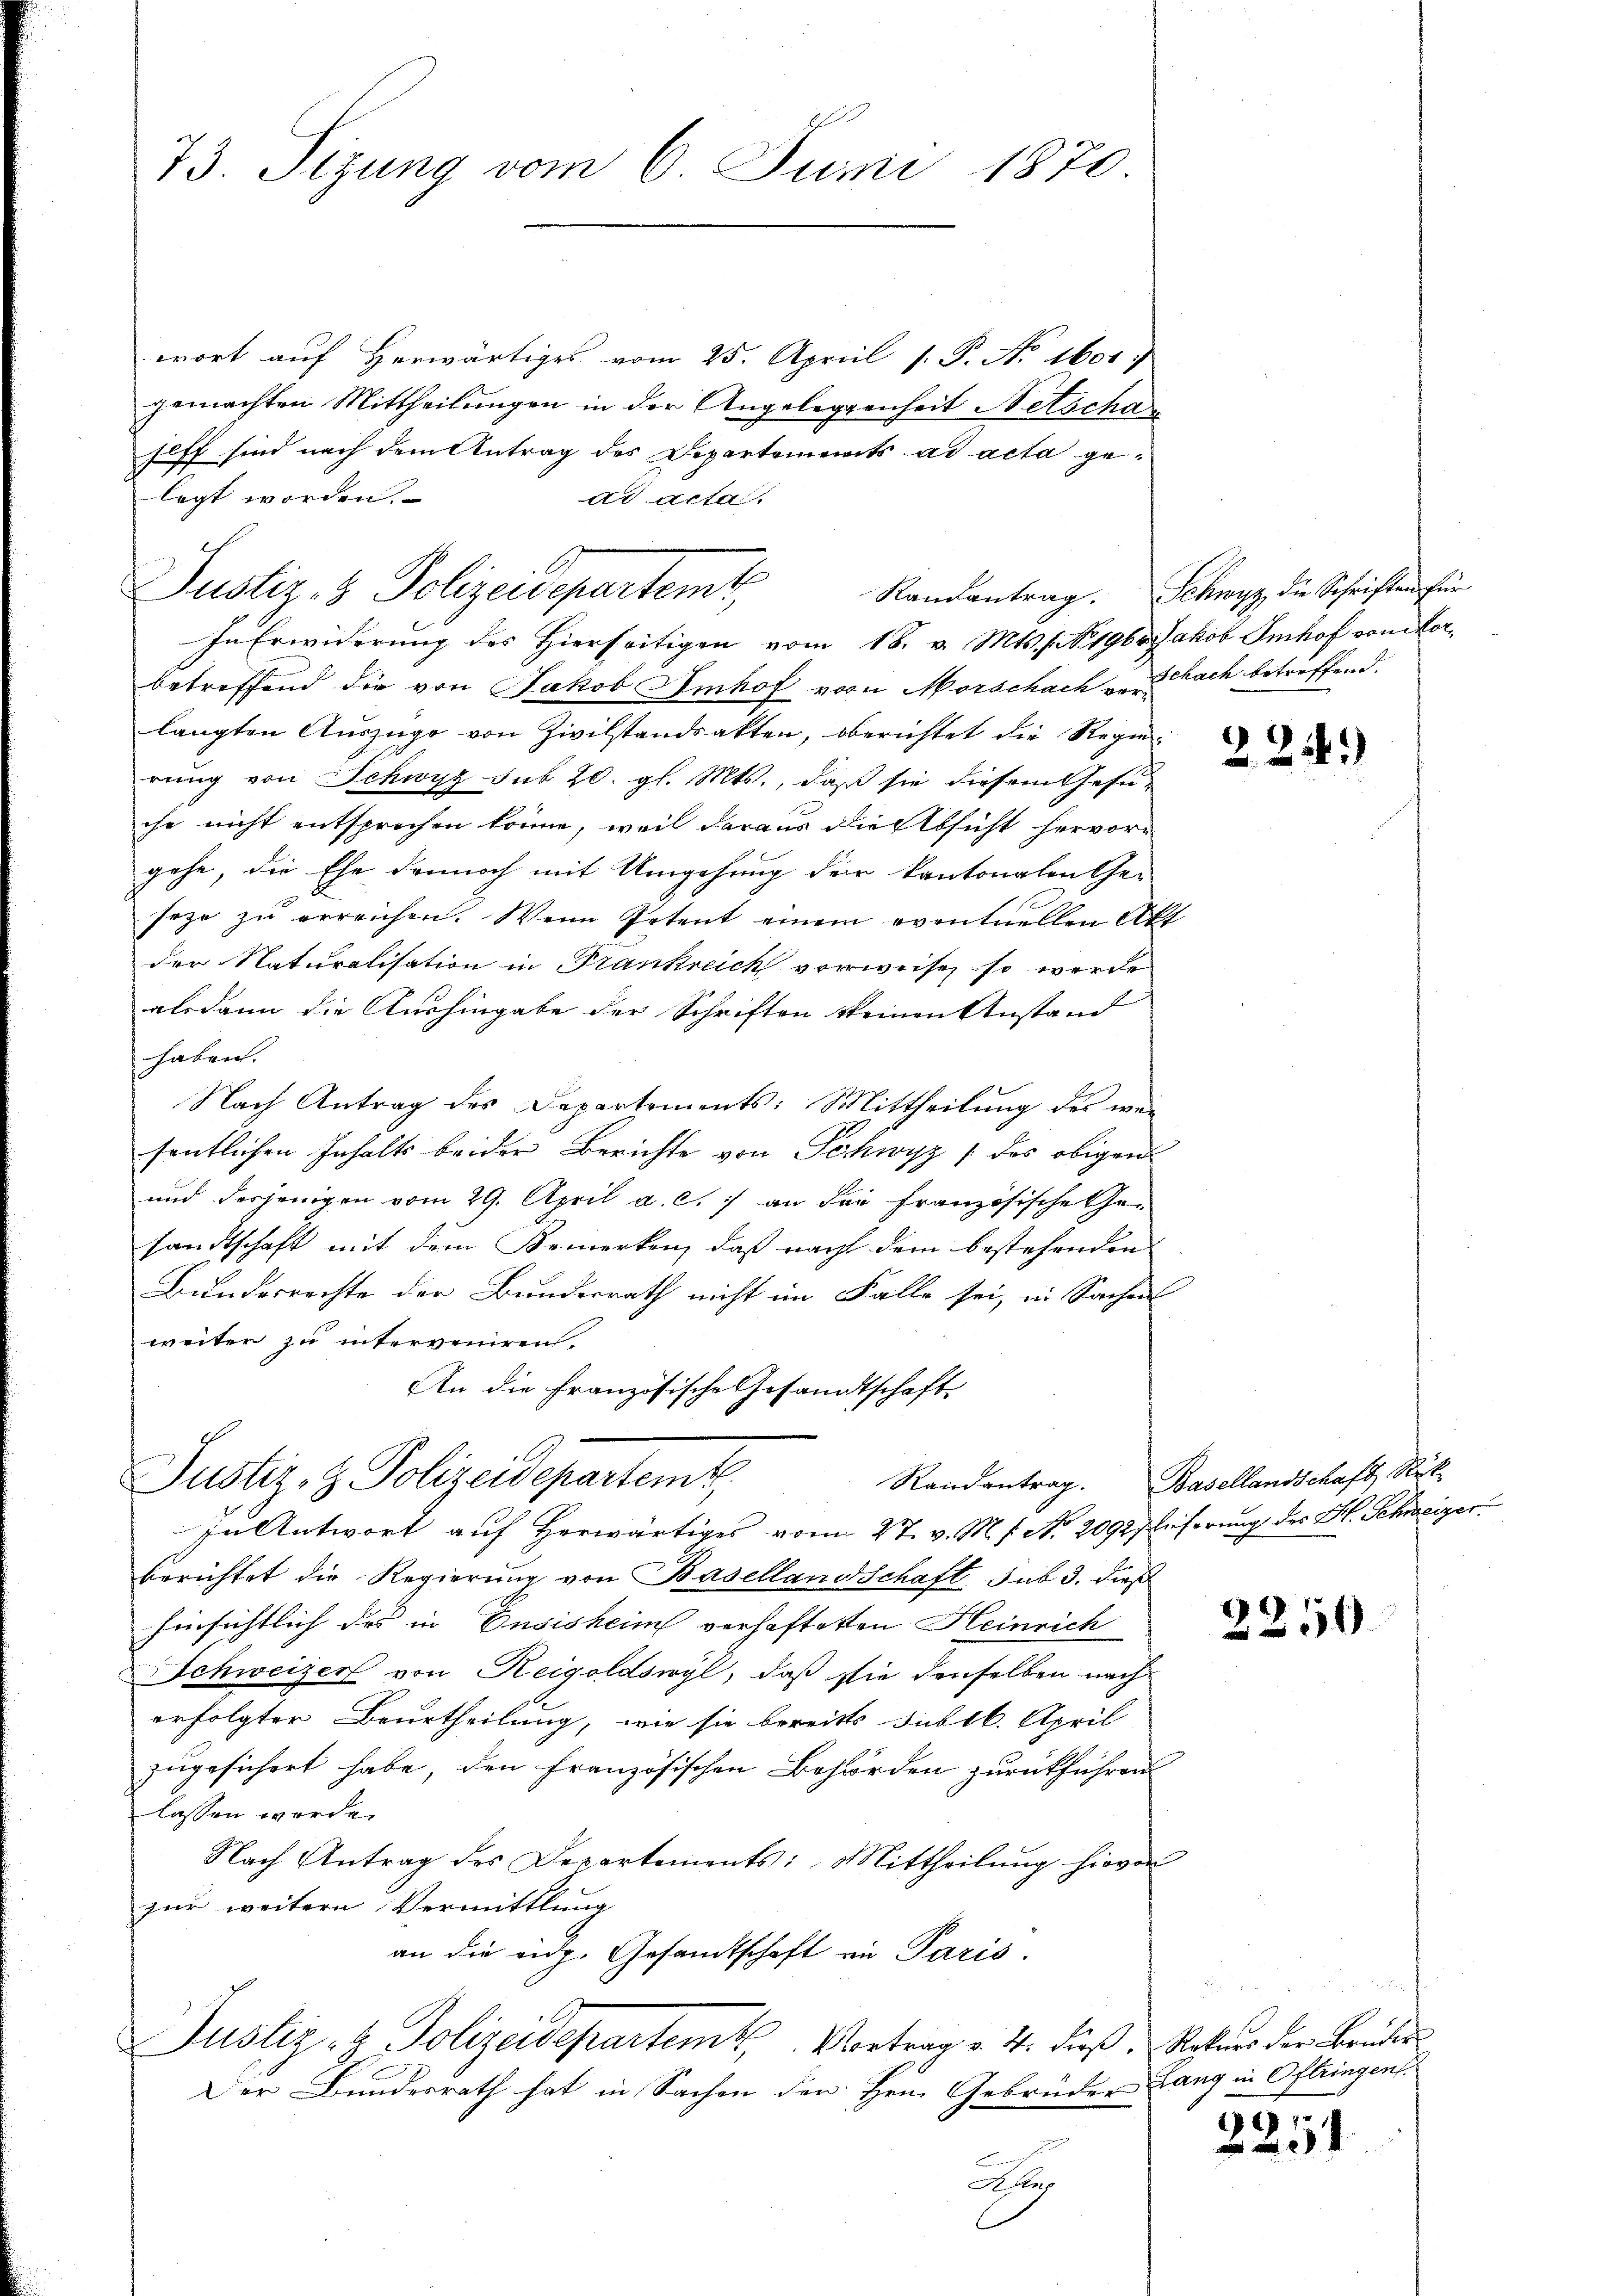
73. Sizung vom 6. Juni 1870

wort aŭf herwärtiges vom 25. April 1. P. Nr. 1601
gemachten Mittheilungen in der Angelegenheit Netscha
tuff sind nach dem Antrag des Departements ad acta gelegt worden.
ad acta
In Erwiderung des Hierseitigen vom 18. v. Mts. No. 196. Jakob Imhof von Morbetreffend die von Jakob Imhof von Morschach zu ach betreffend.
langten Auszüge von Zivilstandsakten, oberichtet die Regie
rung von Schwyz sub 20. gl. Mts., daß sie diesem Gesuche nicht entsprechen könne, weil daraus die Absicht hervor-
gehe, die Ehe dennoch mit Umgehung der kantonalen Ge-
seze zu erreichen. Wenn Petent einem eventuellen Akt
der Naturalisation in Frankreich vorweise, so werde
alsdann die Aushingabe der Schriften keinen Anstand
haben.
Nach Antrag des Departements: Mittheilung des wei
sentlichen Inhalts beider Berichte von Schwyz 1 des obigen
und desjenigen vom 29. April a. c. an die französische Gesandtschaft mit dem Bemerken, daß nach dem bestehenden
Bundesrechte der Bundesrath nicht im Falle sei, in Sachen
weiter zu interveniren
An die Französische Gesandtschaft

Justiz- & Polizeidepartemt

Justiz- & Polizeidepartemb.

In Antwort auf herwärtiges vom 27. v. M. f. No. 2092 lieferung des Hl. Schweizer.
berichtet die Regierung von Basellandschaft sub 3. dieß
hinsichtlich des in Eusisheim verhaftetten Heinrich
Schweizer von Reigoldswyl, daß sie denselben nach
erfolgter Beurtheilung, wie sie bereits subik. April
zugesichert habe, den französischen Behörden zurückführen
lassen wurde.
Nach Antrag des Departements: Mittheilŭng hievon
zur weitern Vermittlung
an die eidg. Gesandtschaft in Paris.
Justiz- & Polizeidepartem Vortrag v. 4. dieß, Rekurs der Brüder
Der Bundesrath hat in Sachen der Hrn. Gebrüder Lang in Oftringens

Randantrag. Schwyz die Schriften für

224)

Randantrag. Basellandschaft, Rek¬

2251

2251